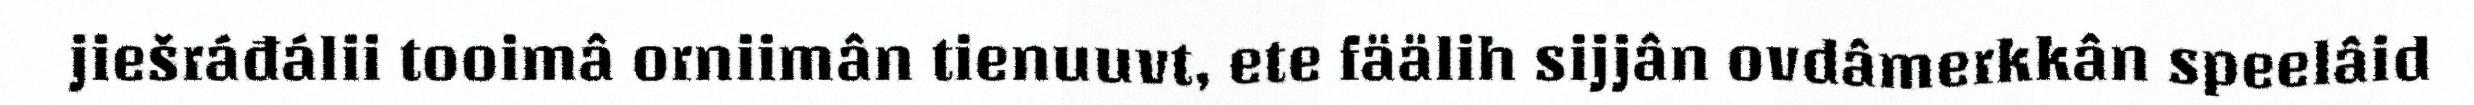
jiešráđálii tooimâ orniimân tienuuvt, ete fäälih sijjân ovdâmerkkân speelâid